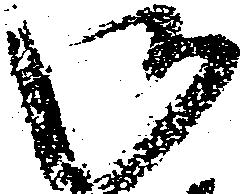
御